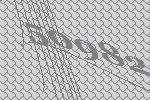
50982